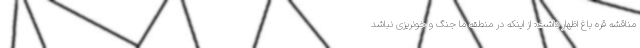
مناقشه قره باغ اظهار داشت: از اینکه در منطقه ما جنگ و خونریزی نباشد